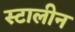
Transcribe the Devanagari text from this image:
स्टालीन